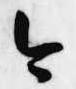
今